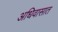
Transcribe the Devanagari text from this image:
अधिवासात